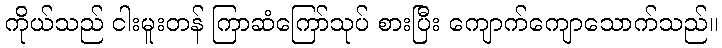
ကိုယ်သည် ငါးမူးတန် ကြာဆံကြော်သုပ် စားပြီး ကျောက်ကျောသောက်သည်။